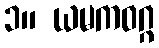
၁။ ယမကဝဂ္ဂ